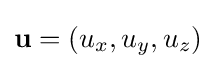
{\textstyle \mathbf {u} =(u_{x},u_{y},u_{z})}